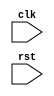
module nested_for_loop (
    input wire clk,
    input wire rst
);

reg [3:0] primary_count;
reg [2:0] secondary_count;

always @(posedge clk or posedge rst) begin
    if (rst) begin
        primary_count <= 0;
        secondary_count <= 0;
    end else begin
        // Primary loop
        for (primary_count = 0; primary_count < 8; primary_count = primary_count + 1) begin
            // Secondary loop
            for (secondary_count = 0; secondary_count < 4; secondary_count = secondary_count + 1) begin
                // Sequential or combinational statements here
                // For example: assign output = primary_count + secondary_count;
            end
        end
    end
end

endmodule